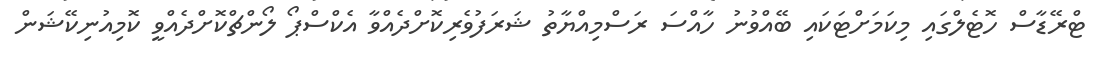
ޓްރޭޑާސް ހޮޓެލްގައި މިކަމަށްޓަކައި ބޭއްވުނު ހާއްސަ ރަސްމިއްޔާތު ޝަރަފުވެރިކޮށްދެއްވާ އެކްސްޕޯ ލޯންޗްކޮށްދެއްވީ ކޮމިއުނިކޭޝަން